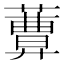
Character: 𦿩